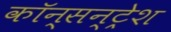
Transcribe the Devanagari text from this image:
कॉन्सन्ट्रेश